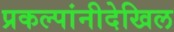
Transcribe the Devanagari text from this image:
प्रकल्पांनीदेखिल